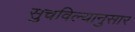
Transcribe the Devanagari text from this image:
सुचविल्यानुसार